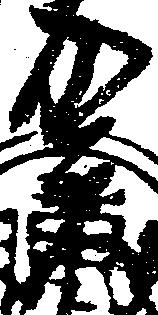
賀